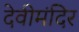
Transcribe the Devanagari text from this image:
देवीमंदिर